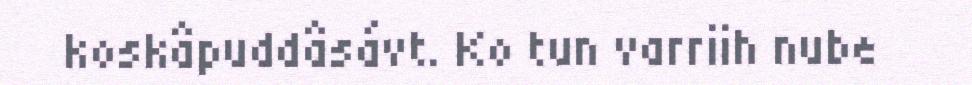
koskâpuddâsávt. Ko tun varriih nube